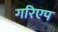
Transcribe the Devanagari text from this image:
गरिएप